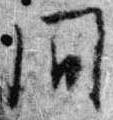
間